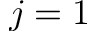
j = 1